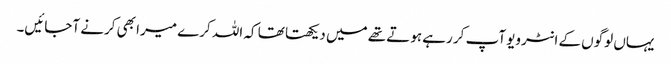
یہاں لوگوں کے انٹرویو آپ کر رہے ہوتے تھے میں دیکھتا تھا کہ اللہ کرے میرا بھی کرنے آجائیں۔